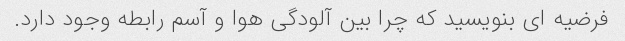
فرضیه ای بنویسید که چرا بین آلودگی هوا و آسم رابطه وجود دارد.